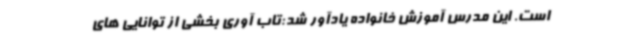
است. این مدرس آموزش خانواده یادآور شد:تاب آوری بخشی از توانایی های